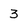
Character: 3